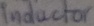
Text: Inductor